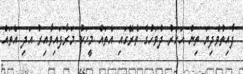
ފާއިތުވެދިޔަ ތިން އަހަރު ދުވަހުގެ ތެރޭގައި އެތައް މީހަކު މަރާފައިވާއިރު އަދި އެތައް